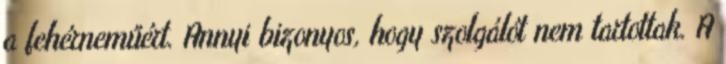
a fehérneműért. Annyi bizonyos, hogy szolgálót nem tartottak. A